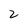
Character: 2